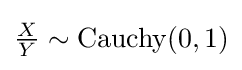
{\tfrac {X}{Y}}\sim {\textrm {Cauchy}}(0,1)